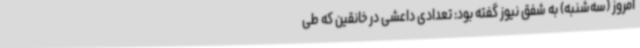
امروز (سه‌شنبه) به شفق نیوز گفته بود: تعدادی داعشی در خانقین که طی